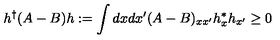
h ^ { \dagger } ( A - B ) h : = \int d x d x ^ { \prime } ( A - B ) _ { x x ^ { \prime } } h _ { x } ^ { * } h _ { x ^ { \prime } } \geq 0